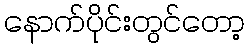
နောက်ပိုင်းတွင်တော့